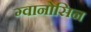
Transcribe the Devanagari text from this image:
ग्वानोसिन